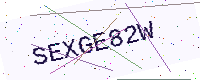
Text: SEXGE82W